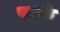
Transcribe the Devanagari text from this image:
फल्के